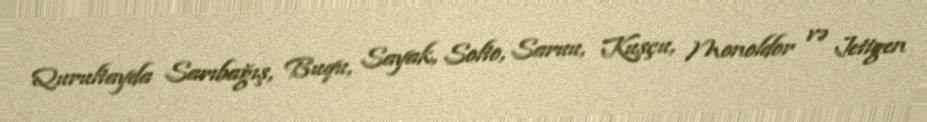
Qurultayda Sarıbağış, Buqu, Sayak, Solto, Saruu, Kuşçu, Monoldor və Jetigen